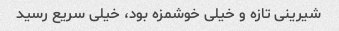
شیرینی تازه و خیلی خوشمزه بود، خیلی سریع رسید